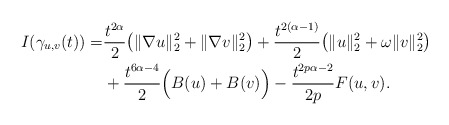
\begin{align*}I(\gamma_{u,v}(t))=&\frac{t^{2\alpha}}{2}\big(\|\nabla u\|_{2}^{2}+\|\nabla v\|_{2}^{2}\big)+\frac{t^{2(\alpha-1)}}{2}\big(\|u\|_{2}^{2}+\omega\|v\|_{2}^{2}\big)\\&+\frac{t^{6\alpha-4}}{2}\Big(B(u)+B(v)\Big)-\frac{t^{2p\alpha-2}}{2p}F(u,v).\end{align*}